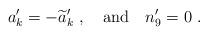
LaTeX: \begin{align*}a_k^\prime = - {\widetilde a_k}^\prime\ , \ \ \ {\rm and} \ \ \ n_9^\prime = 0\ .\end{align*}